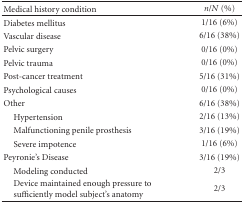
<table><thead><tr><td><b>Medical history condition</b></td><td><b><i>n</i>/<i>N</i> (%)</b></td></tr></thead><tbody><tr><td>Diabetes mellitus</td><td>1/16 (6%)</td></tr><tr><td>Vascular disease</td><td>6/16 (38%)</td></tr><tr><td>Pelvic surgery</td><td>0/16 (0%)</td></tr><tr><td>Pelvic trauma</td><td>0/16 (0%)</td></tr><tr><td>Post-cancer treatment</td><td>5/16 (31%)</td></tr><tr><td>Psychological causes</td><td>0/16 (0%)</td></tr><tr><td>Other</td><td>6/16 (38%)</td></tr><tr><td>Hypertension</td><td>2/16 (13%)</td></tr><tr><td>Malfunctioning penile prosthesis</td><td>3/16 (19%)</td></tr><tr><td>Severe impotence</td><td>1/16 (6%)</td></tr><tr><td>Peyronie&#x27;s Disease</td><td>3/16 (19%)</td></tr><tr><td> Modeling conducted</td><td>2/3</td></tr><tr><td> Device maintained enough pressure to sufficiently model subject&#x27;s anatomy</td><td>2/3</td></tr></tbody></table>